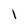
Character: l